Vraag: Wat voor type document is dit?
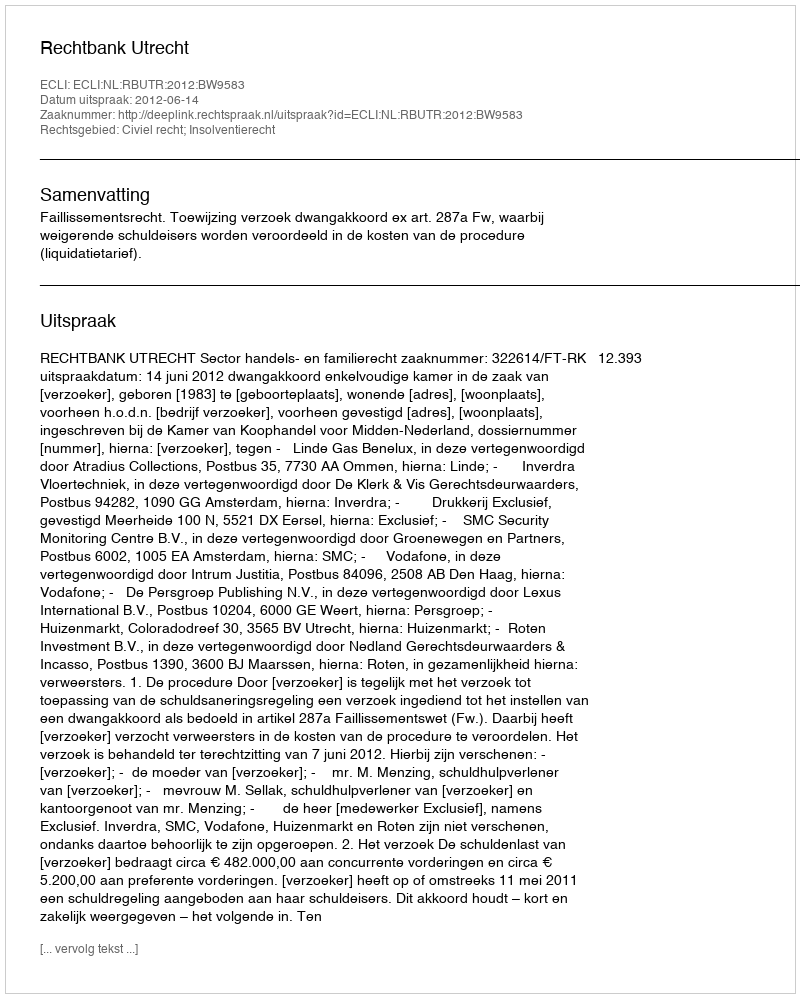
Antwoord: Uitspraak